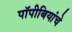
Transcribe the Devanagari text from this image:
पॉपीबियांचे